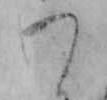
わ